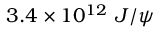
3 . 4 \times 1 0 ^ { 1 2 } \ J / \psi